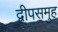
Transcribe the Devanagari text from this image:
द्वीपसमुह